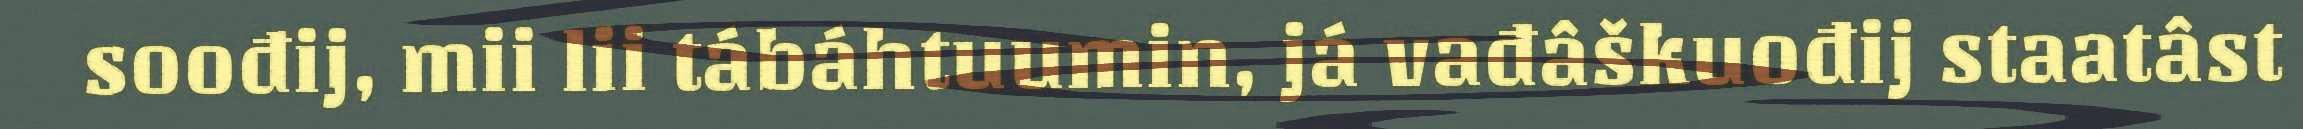
soođij, mii lii tábáhtuumin, já vađâškuođij staatâst